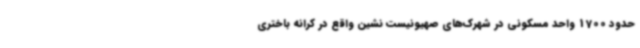
حدود 1700 واحد مسکونی در شهرک‌های صهیونیست نشین واقع در کرانه باختری